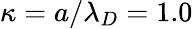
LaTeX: {\kappa}={a}/{\lambda_{D}}=1.0